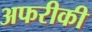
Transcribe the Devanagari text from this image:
अफरीकी